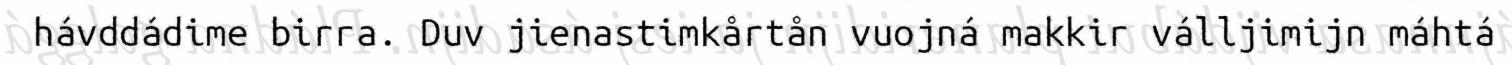
hávddádime birra. Duv jienastimkårtån vuojná makkir válljimijn máhtá